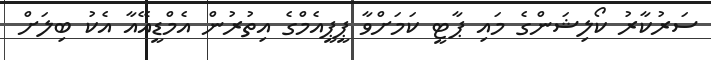
ސަރުކާރު ކޯލިޝަންގެ މައި ޕާޓީ ކަމަށްވާ ޕީޕީއެމްގެ އިތުރުން އެމްޑީއޭއާ އެކު ބިލަށް